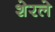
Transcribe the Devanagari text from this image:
शेरले